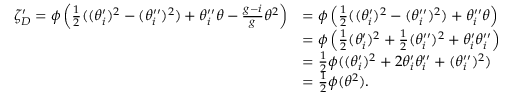
\begin{array} { r l } { \zeta _ { D } ^ { \prime } = \phi \left( \frac { 1 } { 2 } ( ( \theta _ { i } ^ { \prime } ) ^ { 2 } - ( \theta _ { i } ^ { \prime \prime } ) ^ { 2 } ) + \theta _ { i } ^ { \prime \prime } \theta - \frac { g - i } { g } \theta ^ { 2 } \right) } & { = \phi \left( \frac { 1 } { 2 } ( ( \theta _ { i } ^ { \prime } ) ^ { 2 } - ( \theta _ { i } ^ { \prime \prime } ) ^ { 2 } ) + \theta _ { i } ^ { \prime \prime } \theta \right) } \\ & { = \phi \left( \frac { 1 } { 2 } ( \theta _ { i } ^ { \prime } ) ^ { 2 } + \frac { 1 } { 2 } ( \theta _ { i } ^ { \prime \prime } ) ^ { 2 } + \theta _ { i } ^ { \prime } \theta _ { i } ^ { \prime \prime } \right) } \\ & { = \frac { 1 } { 2 } \phi ( ( \theta _ { i } ^ { \prime } ) ^ { 2 } + 2 \theta _ { i } ^ { \prime } \theta _ { i } ^ { \prime \prime } + ( \theta _ { i } ^ { \prime \prime } ) ^ { 2 } ) } \\ & { = \frac { 1 } { 2 } \phi ( \theta ^ { 2 } ) . } \end{array}